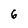
Character: 6